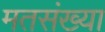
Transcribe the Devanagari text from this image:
मतसंख्या